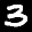
Label: 3